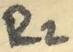
Text: R2